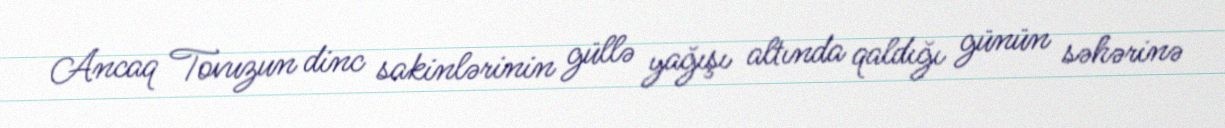
Ancaq Tovuzun dinc sakinlərinin güllə yağışı altında qaldığı günün səhərinə